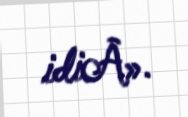
idiÂ».